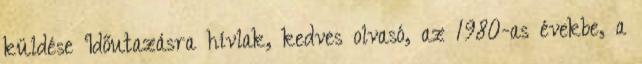
küldése Időutazásra hívlak, kedves olvasó, az 1980-as évekbe, a